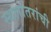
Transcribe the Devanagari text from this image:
स्थलांतरांची